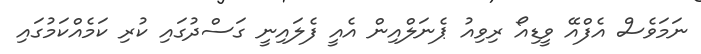
ނަމަވެސް އެފްއޭ ވީޑިއޯ ރިވިއު ޕެނަލްއިން އެއީ ފެލައިނީ ގަސްދުގައި ކުރި ކަމެއްކަމުގައި